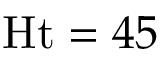
\mathrm { H t } = 4 5 \